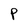
Character: P